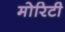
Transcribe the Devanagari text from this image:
मोरिटी